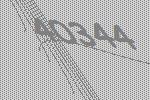
40344